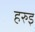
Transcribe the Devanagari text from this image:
हरुइ